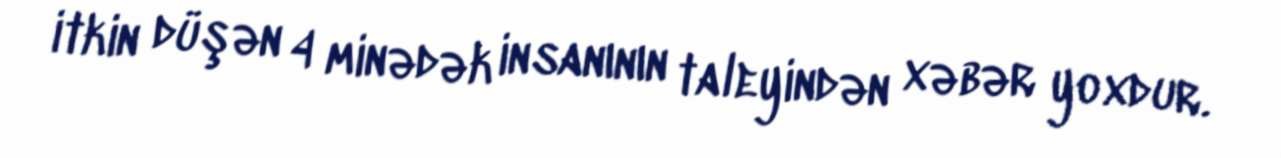
itkin düşən 4 minədək insanının taleyindən xəbər yoxdur.